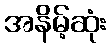
အနိမ့်ဆုံး